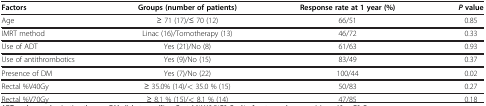
<table><thead><tr><td><b>Factors</b></td><td><b>Groups (number of patients)</b></td><td><b>Response rate at 1 year (%)</b></td><td><b><i>P</i> value</b></td></tr></thead><tbody><tr><td>Age</td><td>≥ 71 (17)/≤ 70 (12)</td><td>66/51</td><td>0.85</td></tr><tr><td>IMRT method</td><td>Linac (16)/Tomotherapy (13)</td><td>46/72</td><td>0.33</td></tr><tr><td>Use of ADT</td><td>Yes (21)/No (8)</td><td>61/63</td><td>0.93</td></tr><tr><td>Use of antithrombotics</td><td>Yes (9)/No (15)</td><td>83/49</td><td>0.37</td></tr><tr><td>Presence of DM</td><td>Yes (7)/No (22)</td><td>100/44</td><td>0.02</td></tr><tr><td>Rectal %V40Gy</td><td>≥ 35.0% (14)/&lt; 35.0 % (15)</td><td>50/83</td><td>0.27</td></tr><tr><td>Rectal %V70Gy</td><td>≥ 8.1 % (15)/&lt; 8.1 % (14)</td><td>47/85</td><td>0.18</td></tr></tbody></table>